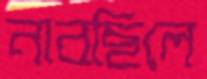
নাবছিলে